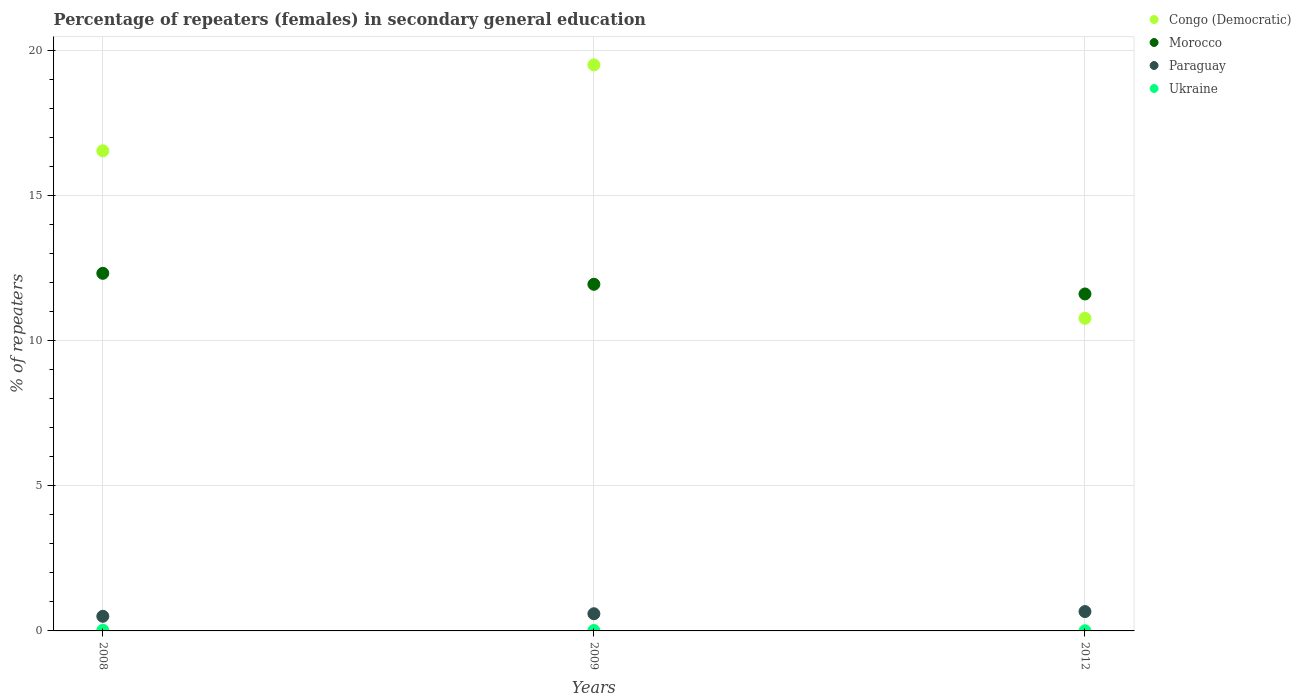
| Years | Congo (Democratic) | Morocco | Paraguay | Ukraine |
 | --- | --- | --- | --- | --- |
 | 2008 | 16.5 | 12.3 | 0.504 | 0.0226 |
 | 2009 | 19.5 | 11.9 | 0.592 | 0.0146 |
 | 2012 | 10.8 | 11.6 | 0.667 | 0.00498 |